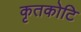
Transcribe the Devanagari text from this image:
कृतकोटि